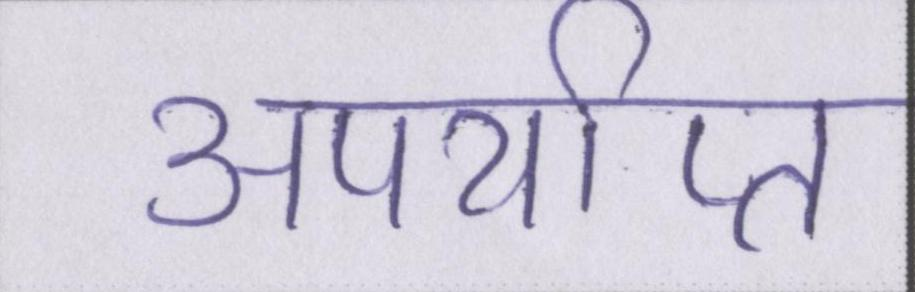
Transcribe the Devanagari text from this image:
अपर्याप्त